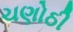
ચણોઠી